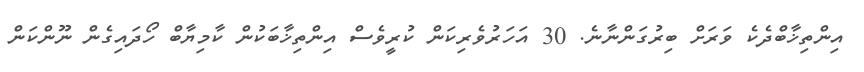
އިންތިޚާބްދެކެ ވަރަށް ބިރުގަންނާނެ. 30 އަހަރުވެރިކަން ކުރީވެސް އިންތިޚާބަކުން ކާމިޔާބް ހޯދައިގެން ނޫންކަން